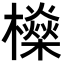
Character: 𣟕